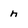
Character: n